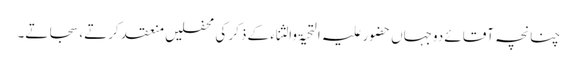
چنانچہ آقائے دوجہاں حضور علیہ التحیۃ والثناء کے ذکر کی محفلیں منعقد کرتے، سجاتے۔